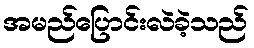
အမည်ပြောင်းလဲခဲ့သည်